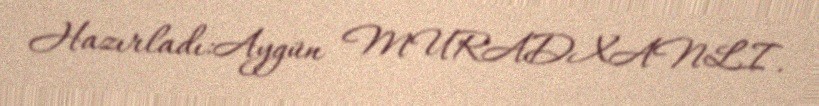
Hazırladı:Aygün MURADXANLI.